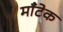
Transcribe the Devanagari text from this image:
माँटेक